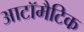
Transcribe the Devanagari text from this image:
आटॉमैटिक